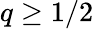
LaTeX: q\geq 1/2